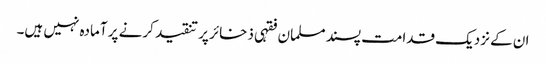
ان کے نزدیک قدامت پسند مسلمان فقہی ذخائر پر تنقید کرنے پر آمادہ نہیں ہیں۔